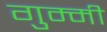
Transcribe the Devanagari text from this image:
गुम्मी